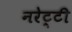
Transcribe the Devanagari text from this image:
नरेट्टी